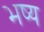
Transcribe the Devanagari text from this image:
भष्य